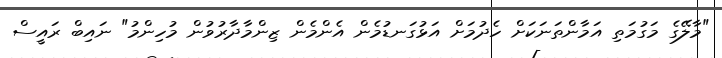
"މާލޭގެ މަގުމަތި އަމާންތަނަކަށް ހެދުމަށް އަޅުގަނޑުމެން އެންމެން ޒިންމާދާރުވުން މުހިންމު" ނައިބް ރައީސް